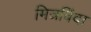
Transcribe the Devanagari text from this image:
मित्रविंदा